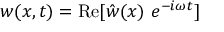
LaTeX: w ( x , t ) = { \mathrm { R e } } [ { \hat { w } } ( x ) ~ e ^ { - i \omega t } ]